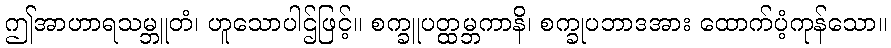
ဤအာဟာရသမ္ဘူတံ၊ ဟူသောပါဌ်ဖြင့်။ စက္ခူပတ္ထမ္ဘကာနိ၊ စက္ခုပဘာဒအား ထောက်ပံ့ကုန်သော။